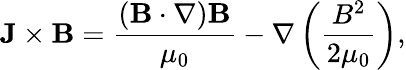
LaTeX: \mathbf{J}\times\mathbf{B}={\frac{\left(\mathbf{B}\cdot\nabla\right)\mathbf{B}}{\mu_{0}}}-\nabla\left({\frac{B^{2}}{2\mu_{0}}}\right),